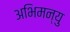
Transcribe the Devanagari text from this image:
अभिमन्‍यु